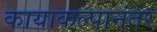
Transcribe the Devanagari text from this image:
कायाकल्पानंतर